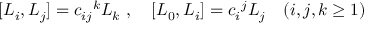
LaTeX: [ { \cal L } _ { i } , { \cal L } _ { j } ] = { c _ { i j } } ^ { k } { \cal L } _ { k } \ , \quad [ { \cal L } _ { 0 } , { \cal L } _ { i } ] = { c _ { i } } ^ { j } { \cal L } _ { j } \quad ( i , j , k \geq 1 )